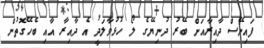
ފައިނޭސް ދާއިރާއަށް ބޭރު ދުނިޔޭގެ ލޯ ހުޅުވާލަދީ އެ ދާއިރާ އާއި ބެހޭގޮތުން